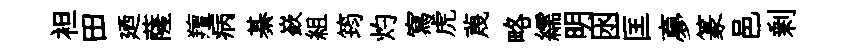
袒田廼薩羶病綦嶔組筠灼寫虎蔑略繻明囦匡夣篆邑剰